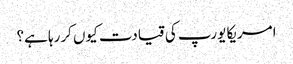
امریکا یورپ کی قیادت کیوں کررہا ہے؟